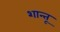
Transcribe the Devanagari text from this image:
शान्तू